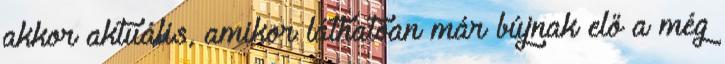
akkor aktuális, amikor láthatóan már bújnak elő a még